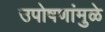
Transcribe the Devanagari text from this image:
उपोषणांमुळे